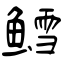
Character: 鳕